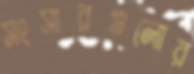
সংসারগুলোর